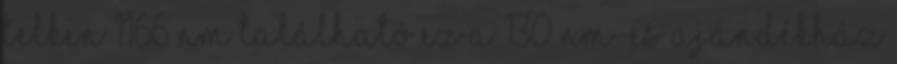
telken 1166 nm található ez a 130 nm-es ajándékház